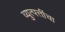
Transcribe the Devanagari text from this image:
व्युत्पत्तींचा